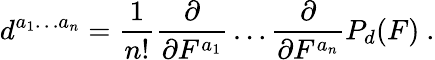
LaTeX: d^{a_{1}\ldots a_{n}}={\frac{1}{n!}}{\frac{\partial}{\partial F^{a_{1}}}}\ldots{\frac{\partial}{\partial F^{a_{n}}}}P_{d}(F)\ .